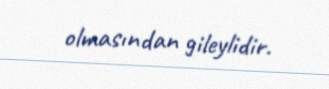
olmasından gileylidir.